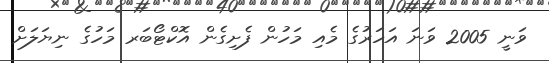
ވަނީ 2005 ވަނަ އަހަރުގެ މެއި މަހުން ފެށިގެން އޮކްޓޯބަރ މަހުގެ ނިޔަލަށް